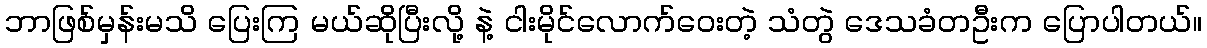
ဘာဖြစ်မှန်းမသိ ပြေးကြ မယ်ဆိုပြီးလို့ နဲ့ ငါးမိုင်လောက်ဝေးတဲ့ သံတွဲ ဒေသခံတဦးက ပြောပါတယ်။